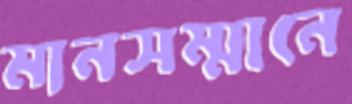
মানসম্মানে